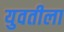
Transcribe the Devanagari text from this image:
युवतीला